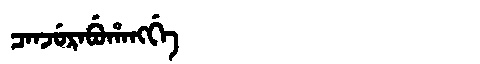
Manchu: ᠴᠠᠨᠵᡠᡵᠠᠪᡠᡥᠠᠩᡤᡝ
Romanization: CANJURABUHANGGE